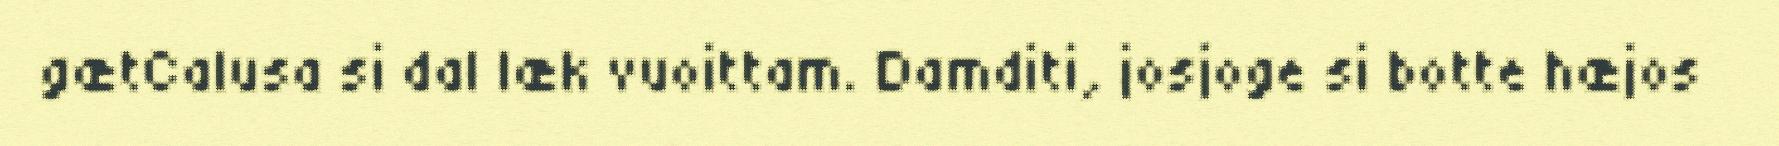
gætCalusa si dal læk vuoittam. Damditi, josjoge si botte hæjos